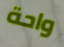
واحة